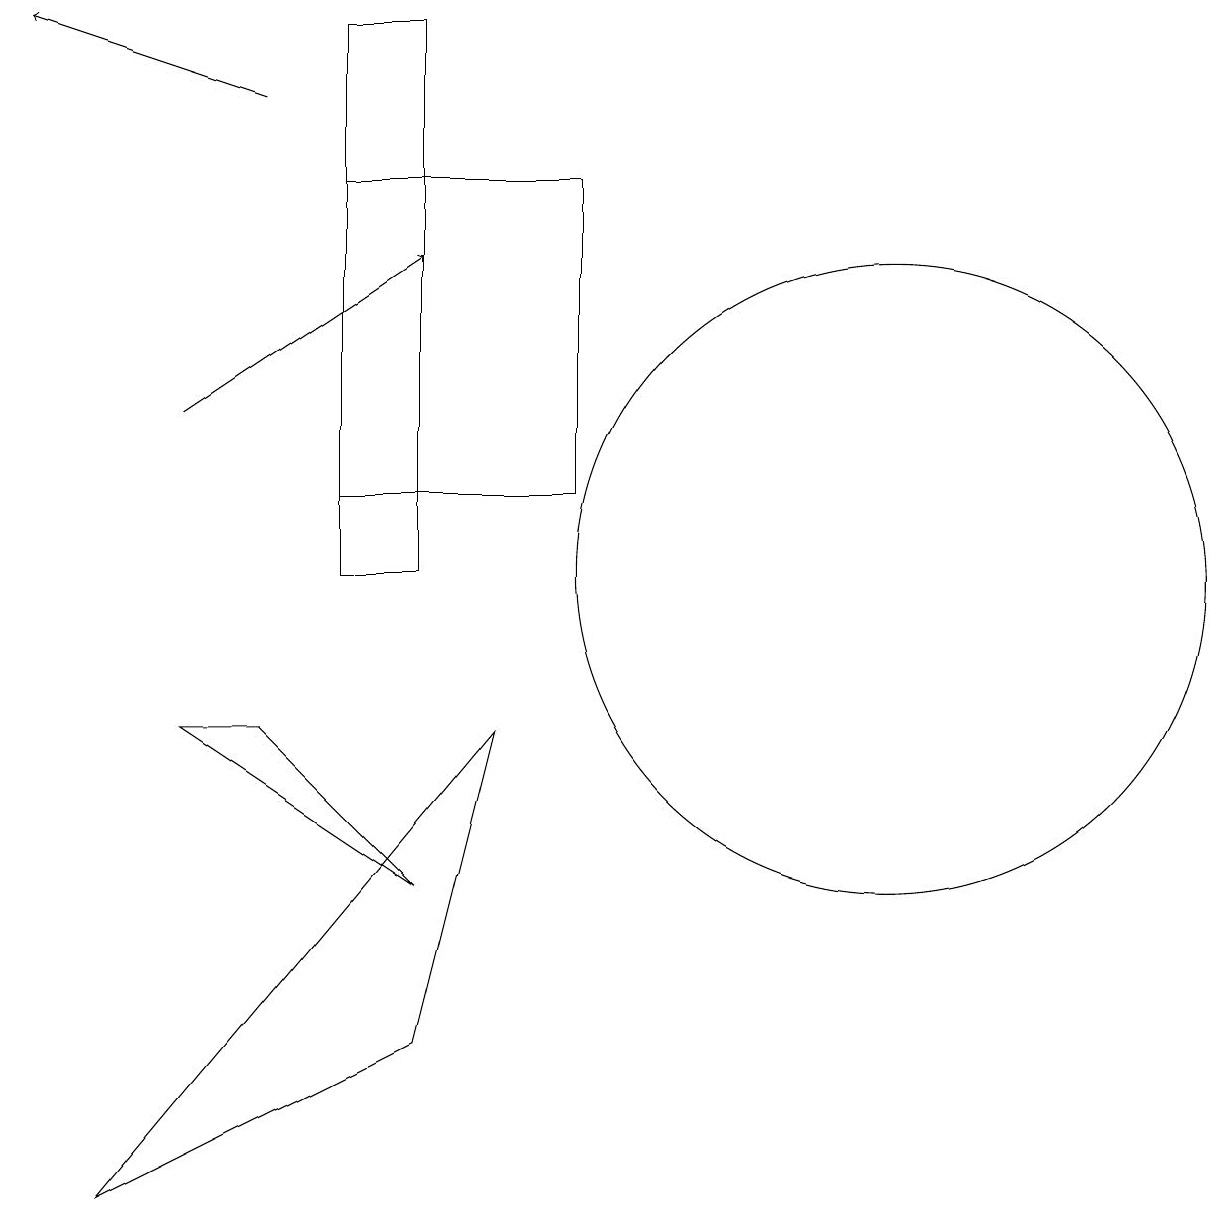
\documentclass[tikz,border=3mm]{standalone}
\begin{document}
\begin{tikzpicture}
\draw (5,16) rectangle (8,12);
\draw (12,11) circle (4);
\draw[->] (4,17) -- (1,18);
\draw (5,11) rectangle (6,18);
\draw (4,9) -- (3,9) -- (6,7) -- cycle;
\draw (6,5) -- (7,9) -- (2,3) -- cycle;
\draw[->] (3,13) -- (6,15);
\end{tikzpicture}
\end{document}